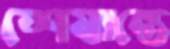
শেষান্তে